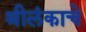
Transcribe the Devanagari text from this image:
श्रीलंकाचे